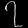
Digit: ၇